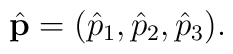
\hat {\bf p}= (\hat p_1 , \hat p_2 , \hat p_3 ).